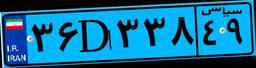
۳۶D۳۳۸۴۹